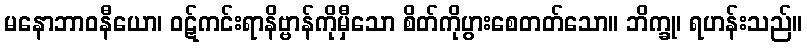
မနောဘာဝနီယော၊ ဝဋ်ကင်းရာနိဗ္ဗာန်ကိုမှီသော စိတ်ကိုပွားစေတတ်သော။ ဘိက္ခု၊ ရဟန်းသည်။